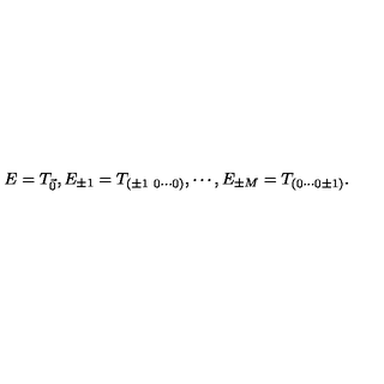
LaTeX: E = T _ { \vec { 0 } } , E _ { \pm 1 } = T _ { ( \pm 1 \ 0 \cdots 0 ) } , \cdots , E _ { \pm M } = T _ { ( 0 \cdots 0 \pm 1 ) } .